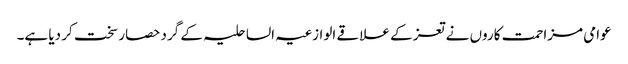
عوامی مزاحمت کاروں نے تعز کے علاقے الوازعیہ الساحلیہ کے گرد حصار سخت کر دیا ہے۔